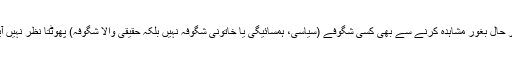
بہر حال بغور مشاہدہ کرنے سے بھی کسی شگوفے (سیاسی، ہمسائیگی یا خاتونی شگوفہ نہیں بلکہ حقیقی والا شگوفہ) پھوٹتا نظر نہیں آیا ۔